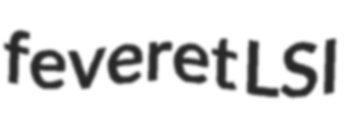
feveret LSI